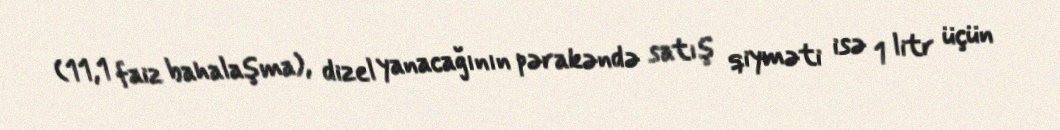
(11,1 faiz bahalaşma), dizel yanacağının pərakəndə satış qiyməti isə 1 litr üçün